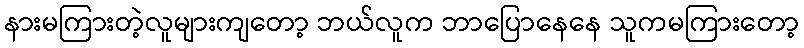
နားမကြားတဲ့လူများကျတော့ ဘယ်လူက ဘာပြောနေနေ သူကမကြားတော့